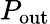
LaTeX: P_{\mathrm{out}}